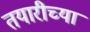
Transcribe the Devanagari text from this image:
तयारीच्या